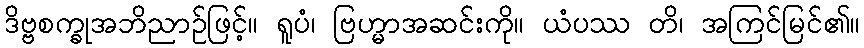
ဒိဗ္ဗစက္ခုအဘိညာဉ်ဖြင့်။ ရူပံ၊ ဗြဟ္မာအဆင်းကို။ ယံပဿ တိ၊ အကြင်မြင်၏။